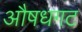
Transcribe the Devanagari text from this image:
औषधगट